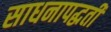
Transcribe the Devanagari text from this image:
साधनापद्धती